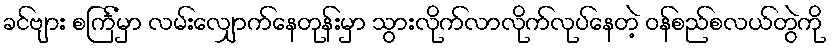
ခင်ဗျား စင်္ကြံမှာ လမ်းလျှောက်နေတုန်းမှာ သွားလိုက်လာလိုက်လုပ်နေတဲ့ ဝန်စည်စလယ်တွဲကို